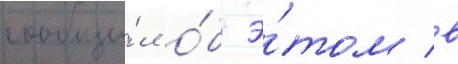
сообщи́л о́б э́том в